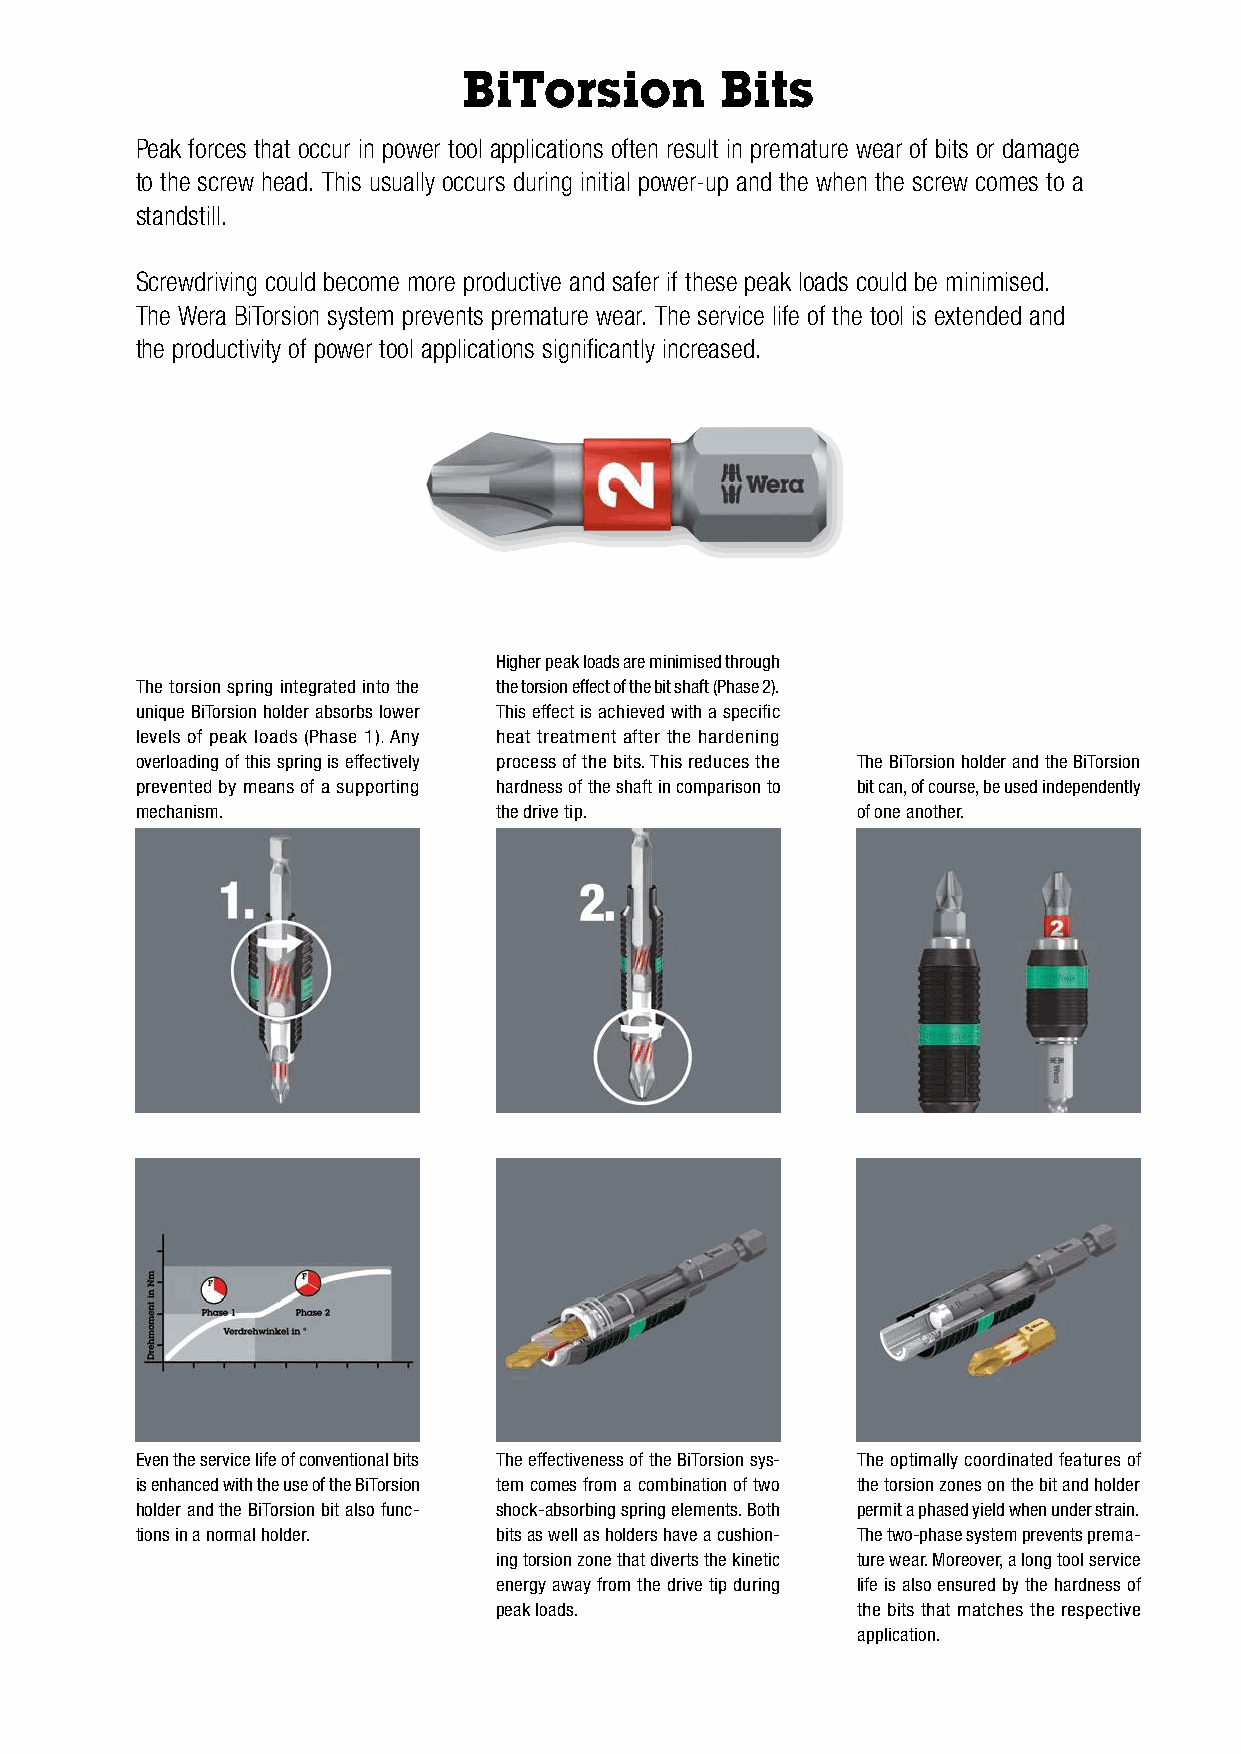
BiTorsion        Bits
 Peak forces that occur in power tool applications often result in premature wear of bits or damage
 to the screw head. This usually occurs during initial power-up and the when the screw comes to a
 standstill.
 Screwdriving could become more productive and safer if these peak loads could be minimised.
 The Wera BiTorsion system prevents premature wear. The service life of the tool is extended and
 the productivity of power tool applications significantly increased.
 Higher peak loads are minimised through
 The torsion spring integrated into the the torsion effect of the bit shaft (Phase 2).
 unique BiTorsion holder absorbs lower This effect is achieved with a specific
 levels of peak loads (Phase 1). Any heat treatment after the hardening
 overloading of this spring is effectively process of the bits. This reduces the The BiTorsion holder and the BiTorsion
 prevented by means of a supporting hardness of the shaft in comparison to bit can, of course, be used independently
 mechanism.              the drive tip.          of one another.
 Even the service life of conventional bits The effectiveness of the BiTorsion sys- The optimally coordinated features of
 is enhanced with the use of the BiTorsion tem comes from a combination of two the torsion zones on the bit and holder
 holder and the BiTorsion bit also func- shock-absorbing spring elements. Both permit a phased yield when under strain.
 tions in a normal holder. bits as well as holders have a cushion- The two-phase system prevents prema-
 ing torsion zone that diverts the kinetic ture wear. Moreover, a long tool service
 energy away from the drive tip during life is also ensured by the hardness of
 peak loads.             the bits that matches the respective
 application.